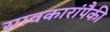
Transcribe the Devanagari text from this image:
सावकारांपैकी